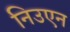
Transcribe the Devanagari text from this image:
निउएन